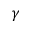
\gamma